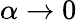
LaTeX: \alpha\to 0